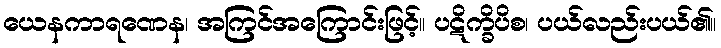
ယေနကာရဏေန၊ အကြင်အကြောင်းဖြင့်။ ပဋိက္ခိပိစ၊ ပယ်လည်းပယ်၏။